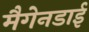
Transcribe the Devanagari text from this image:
मैगेनडाई